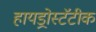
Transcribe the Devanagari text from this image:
हायड्रोस्टॅटीक